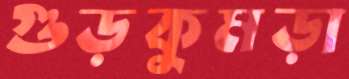
গুড়কুমড়া